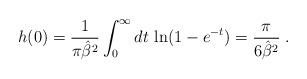
LaTeX: \begin{align*}h(0)= {1\over {\pi {\hat{\beta}}^2}} \int_0^{\infty} dt \, \ln (1-e^{-t} ) = \frac {\pi} {6 {\hat{\beta}}^2} \; .\end{align*}